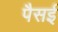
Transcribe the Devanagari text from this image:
पैसई